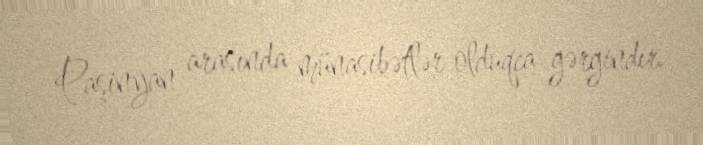
Paşinyan arasında münasibətlər olduqca gərgindir.